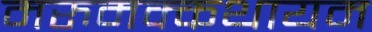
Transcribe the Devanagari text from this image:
मरुमक्कथायम